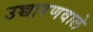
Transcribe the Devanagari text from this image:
उच्चारणवाले